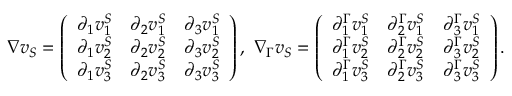
\nabla v _ { S } = \left( \begin{array} { l l l } { \partial _ { 1 } v _ { 1 } ^ { S } } & { \partial _ { 2 } v _ { 1 } ^ { S } } & { \partial _ { 3 } v _ { 1 } ^ { S } } \\ { \partial _ { 1 } v _ { 2 } ^ { S } } & { \partial _ { 2 } v _ { 2 } ^ { S } } & { \partial _ { 3 } v _ { 2 } ^ { S } } \\ { \partial _ { 1 } v _ { 3 } ^ { S } } & { \partial _ { 2 } v _ { 3 } ^ { S } } & { \partial _ { 3 } v _ { 3 } ^ { S } } \end{array} \right) , { \ } \nabla _ { \Gamma } v _ { S } = \left( \begin{array} { l l l } { \partial _ { 1 } ^ { \Gamma } v _ { 1 } ^ { S } } & { \partial _ { 2 } ^ { \Gamma } v _ { 1 } ^ { S } } & { \partial _ { 3 } ^ { \Gamma } v _ { 1 } ^ { S } } \\ { \partial _ { 1 } ^ { \Gamma } v _ { 2 } ^ { S } } & { \partial _ { 2 } ^ { \Gamma } v _ { 2 } ^ { S } } & { \partial _ { 3 } ^ { \Gamma } v _ { 2 } ^ { S } } \\ { \partial _ { 1 } ^ { \Gamma } v _ { 3 } ^ { S } } & { \partial _ { 2 } ^ { \Gamma } v _ { 3 } ^ { S } } & { \partial _ { 3 } ^ { \Gamma } v _ { 3 } ^ { S } } \end{array} \right) .